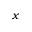
x